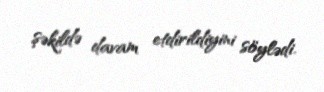
şəkildə davam etdirildiyini söylədi.